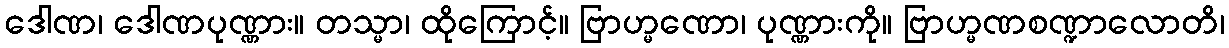
ဒေါဏ၊ ဒေါဏပုဏ္ဏား။ တသ္မာ၊ ထိုကြောင့်။ ဗြာဟ္မဏော၊ ပုဏ္ဏားကို။ ဗြာဟ္မဏစဏ္ဍာလောတိ၊